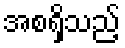
အစရှိသည့်